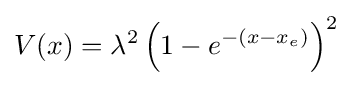
V(x)=\lambda ^{2}\left(1-e^{-\left(x-x_{e}\right)}\right)^{2}~